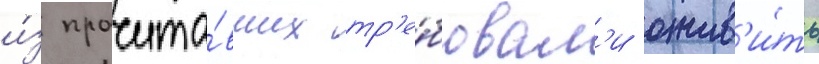
и́з прочита́вших тр'е́бовал'и ожив'и́ть